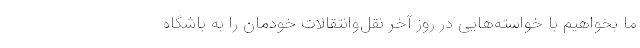
ما بخواهیم با خواسته‌هایی در روز آخر نقل‌وانتقالات خودمان را به باشگاه